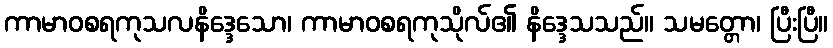
ကာမာဝစရကုသလနိဒ္ဒေသော၊ ကာမာဝစရကုသိုလ်၏ နိဒ္ဒေသသည်။ သမတ္တော၊ ပြီးပြီ။